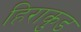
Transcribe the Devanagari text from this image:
हिराकुड